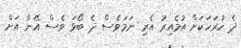
ދެ ހުރަހަކަށް އުމެއިރު އެރި ނަމަވެސް ދެ ބޯޅަ ވެސް އޭނާ އަށް